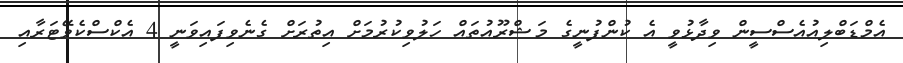
އެމްޑަބްލިއުއެސްސީން ވިދާޅުވީ އެ ކުންފުނީގެ މަޝްރޫއުތައް ހަލުވިކުރުމަށް އިތުރަށް ގެނެވިފައިވަނީ 4 އެކްސްކެވޭޓަރާއި